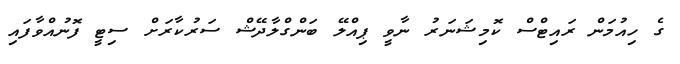
ގެ ހިއުމަން ރައިޓްސް ކޮމިޝަނަރު ނާވީ ޕިއްލޭ ބަންގްލާދޭޝް ސަރުކާރަށް ސިޓީ ފޮނުއްވާފައި